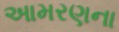
આમરણના